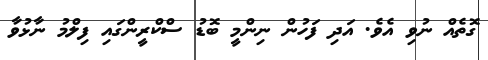
ގޮތެއް ނުވި އެވެ. އަދި ފަހުން ނިންމީ ބޮޑު ސްކްރީންގައި ފިލްމު ނާޅުވާ